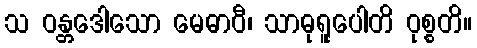
သ ဝန္တဒေါသော မေဓာဝီ၊ သာဓုရူပေါတိ ဝုစ္စတိ။